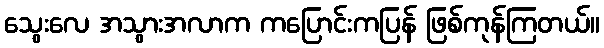
သွေးလေ အသွားအလာက ကပြောင်းကပြန် ဖြစ်ကုန်ကြတယ်။